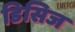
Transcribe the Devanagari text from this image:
डिसिज